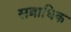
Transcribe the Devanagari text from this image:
सव्राधिक